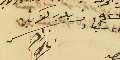
٢١ شباط سنة ٩٢٦  رئىس بلديه كفرشيما ابرهىم الحىاط